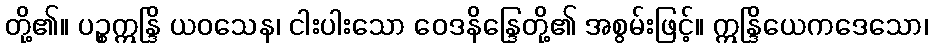
တို့၏။ ပဉ္စဣန္ဒြိ ယဝသေန၊ ငါးပါးသော ဝေဒနိန္ဒြေတို့၏ အစွမ်းဖြင့်။ ဣန္ဒြိယေကဒေသော၊